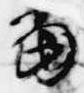
当